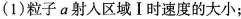
(1)粒子a射入区域Ⅰ时速度的大小；